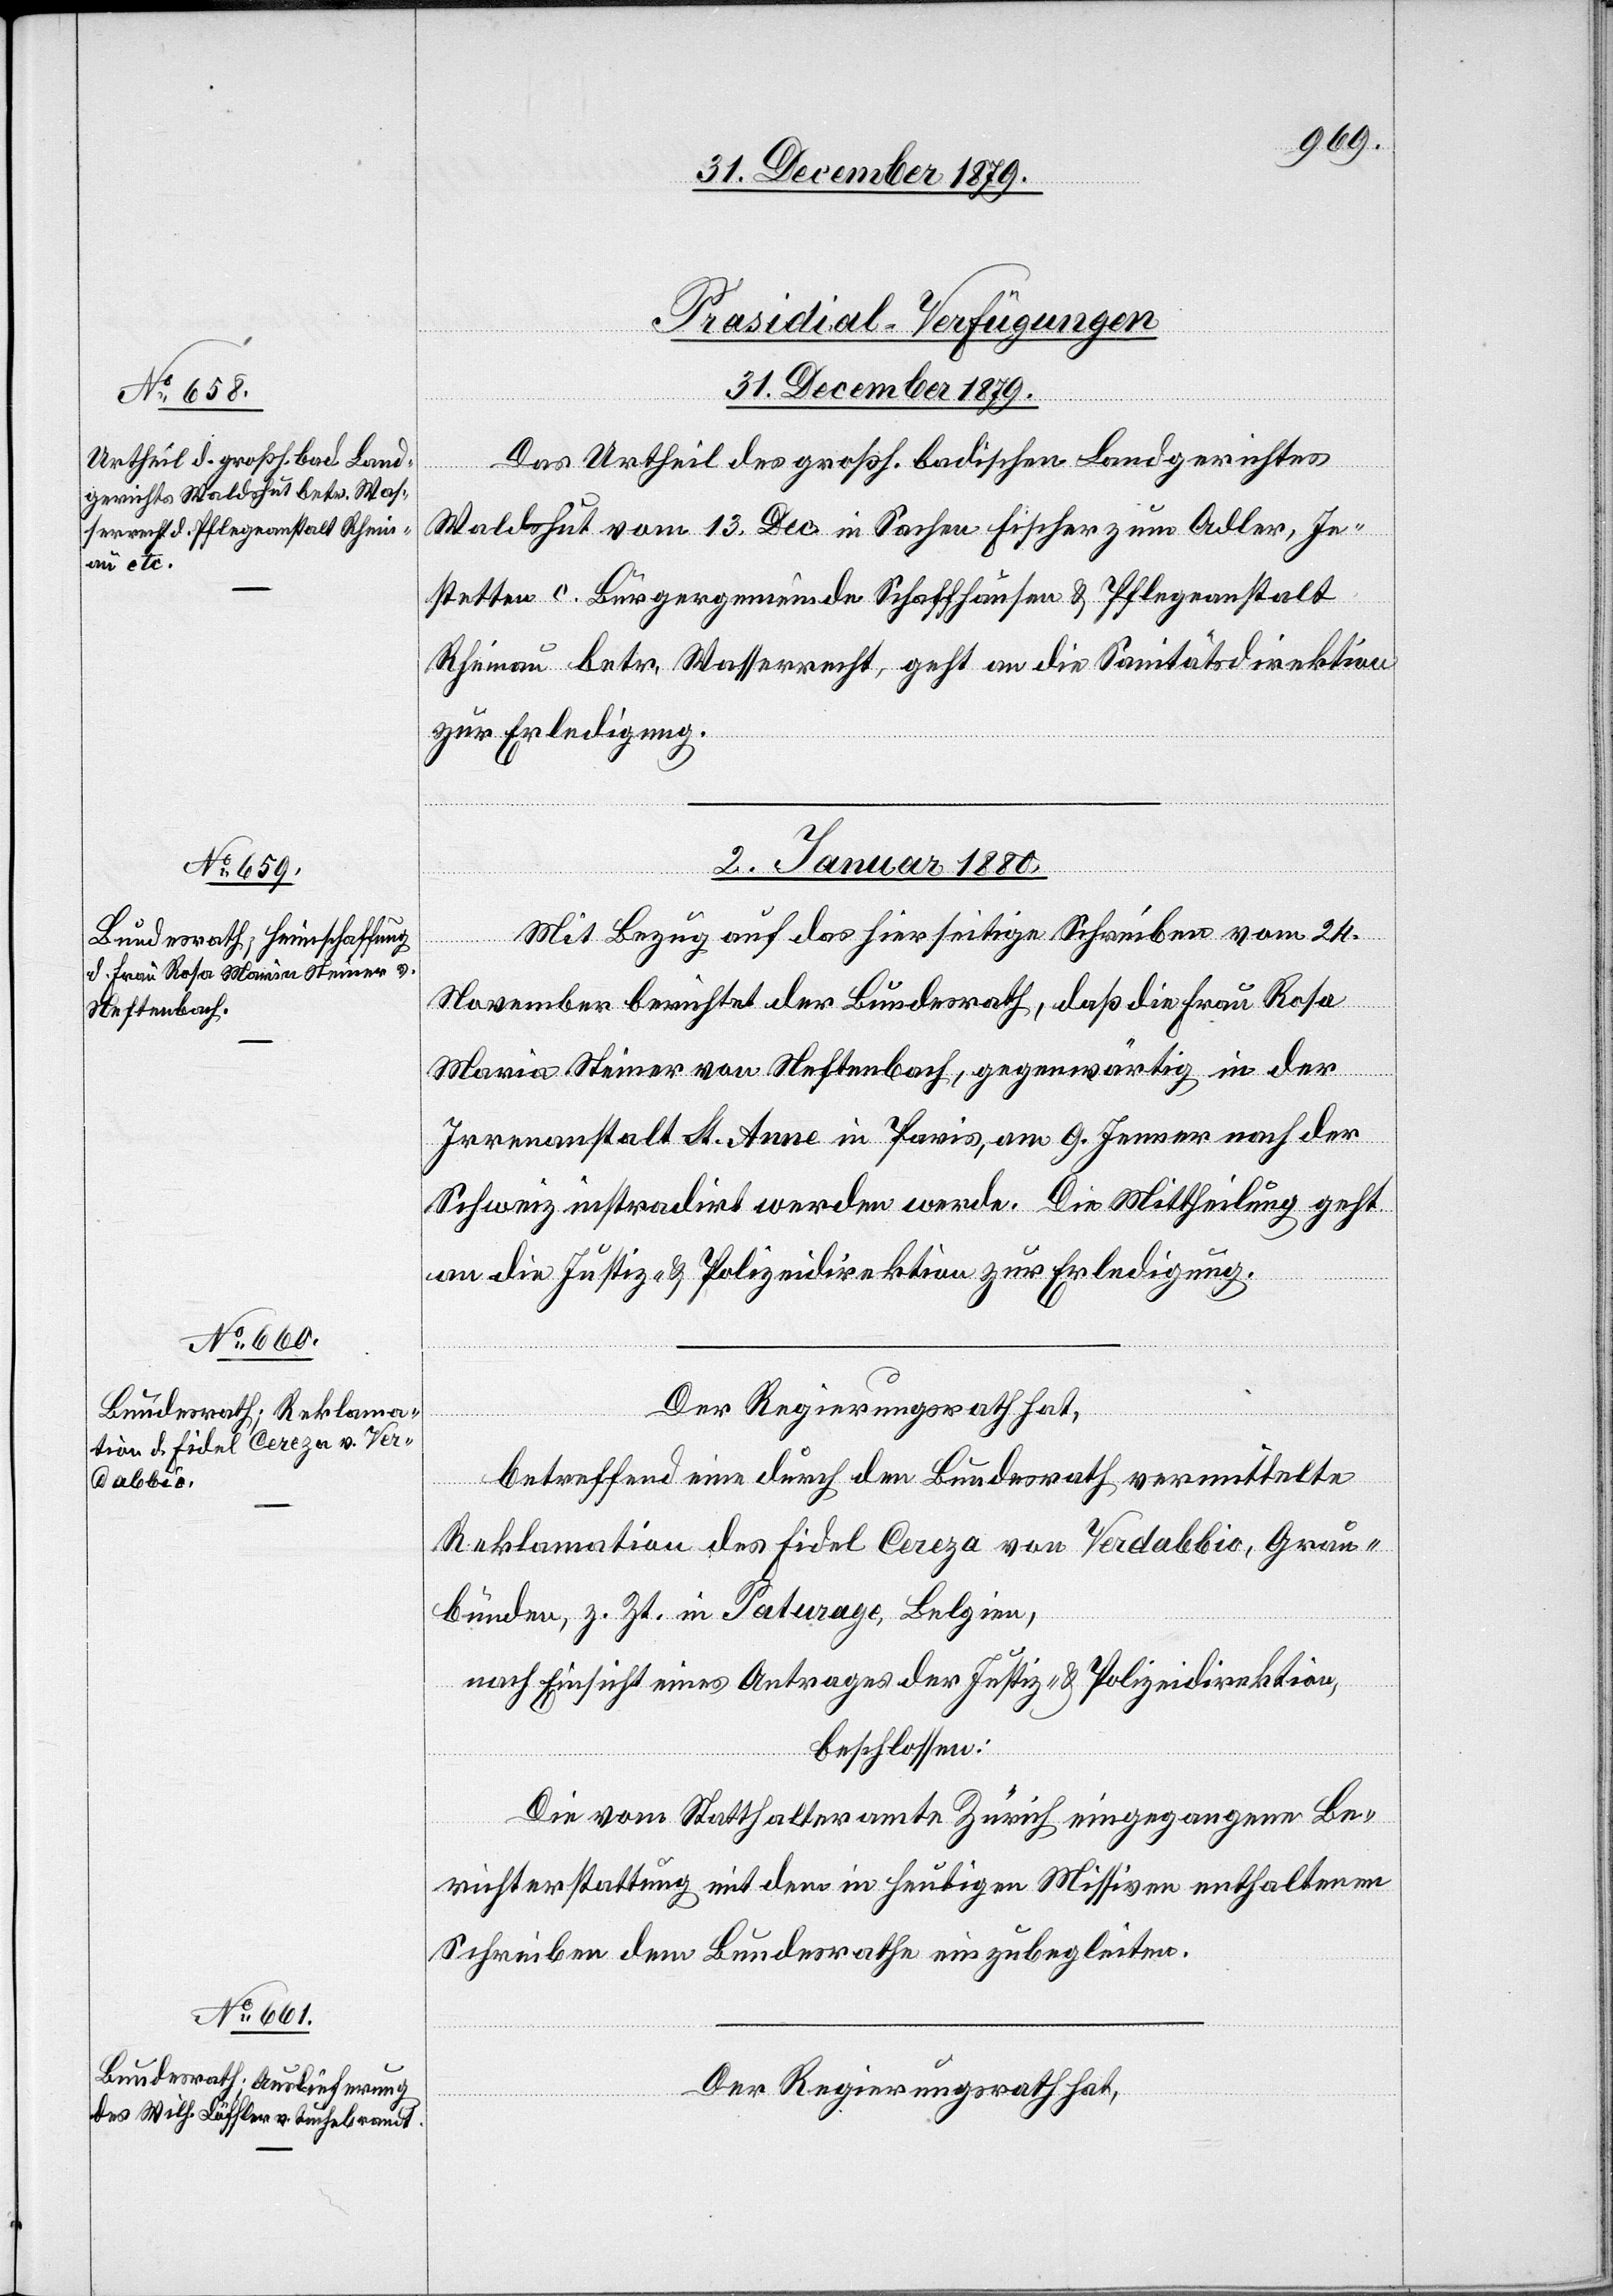
[Präsidial-Verfügungen.
31. December 1879.
Das Urtheil großh. badischen Landgerichtes
Waldshut vom 13. Dec. in Sachen Fischer zum Adler, Je¬
stetten c. Bürgergemeinde Schaffhausen & Pflegeanstalt
Rheinau betr. Wasserrecht, geht an die Sanitätsdirektion
zur Erledigung.
02. Januar 1880.]
Mit Bezug auf das hierseitige Schreiben vom 24.
November berichtet der Bundesrath, daß die Frau Rosa
Maria Steiner von Neftenbach, gegenwärtig in der
Irrenanstalt St. Anne in Paris, am 9. Jenner nach der
Schweiz instradirt werden werde. Die Mittheilung geht
an die Justiz- & Polizeidirektion zur Erledigung.
Der Regierungsrath hat,
betreffend eine durch den Bundesrath vermittelte
Reklamation des Fidel Cereza von Verdabbio, Grau¬
bünden, z. Zt. in Paturage, Belgien,
nach Einsicht eines Antrages der Justiz- & Polizeidirektion,
beschlossen:
Die vom Statthalteramte Zürich eingegangene Be¬
richterstattung mit dem in heutigen Missiven enthaltenen
Schreiben dem Bundesrathe einzubegleiten.
Der Regierungsrath hat,